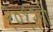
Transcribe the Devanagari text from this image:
२०१२ची